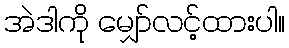
အဲဒါကို မျှော်လင့်ထားပါ။